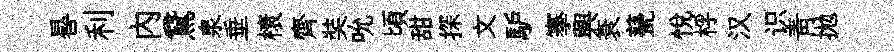
晷利内鵞泉垂榱齊奘吮頃甜探文馿搴興衰甆悦桴汉识青拋